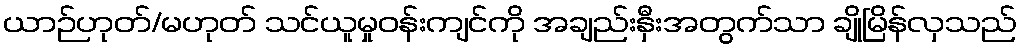
ယာဉ်ဟုတ်/မဟုတ် သင်ယူမှုဝန်းကျင်ကို အချည်းနှီးအတွက်သာ ချိုမြိန်လှသည်